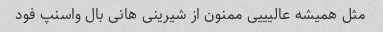
مثل همیشه عالیییی ممنون از شیرینی هانی بال واسنپ فود